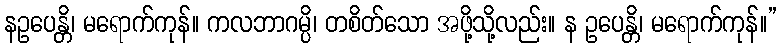
နဥပေန္တိ၊ မရောက်ကုန်။ ကလဘာဂမ္ပိ၊ တစိတ်သော အဖို့သို့လည်း။ န ဥပေန္တိ၊ မရောက်ကုန်။”